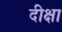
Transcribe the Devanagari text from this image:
दीक्षा